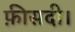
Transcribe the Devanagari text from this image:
फ़ीसदी।